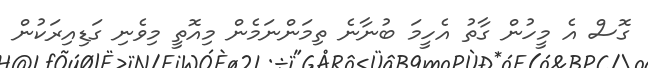
ގޮސް އެ މީހުން ގާތު އެހީމަ ބުނާނެ ތިމަންނަމެން މިއޮތީ މިވެނި ގަޑިއިރަކުން